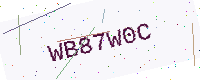
Text: WB87W0C